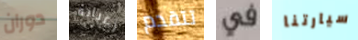
دوران رغباته تتقدم في سيارتنا